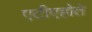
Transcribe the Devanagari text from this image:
एटीएहोते